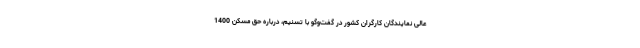
عالی نمایندگان کارگران کشور در گفت‌وگو با تسنیم، درباره حق مسکن 1400